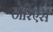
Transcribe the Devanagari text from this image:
ठोरिएस